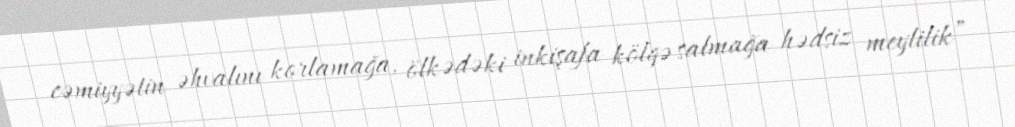
cəmiyyətin əhvalını korlamağa, ölkədəki inkişafa kölgə salmağa hədsiz meylilik”